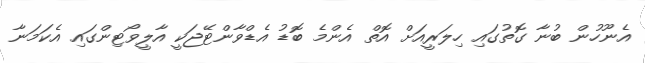
އެނޫހުން ބުނާ ގޮތުގައި ހިލަރީއަށް އޮތް އެންމެ ބޮޑު އެޑްވާންޓޭޖަކީ އާލީވޯޓިންގައި އެކަމަނާ